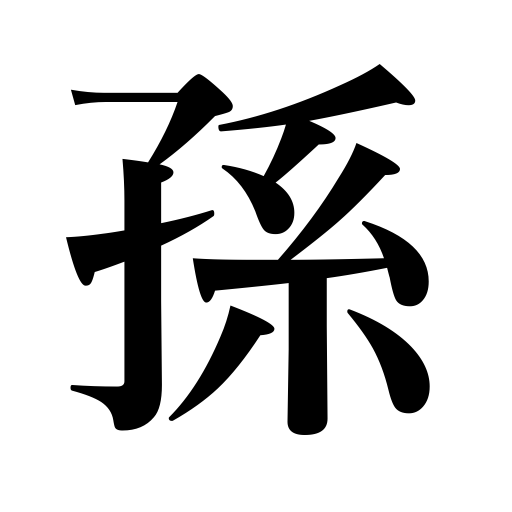
Meanings: grandchild,descendants